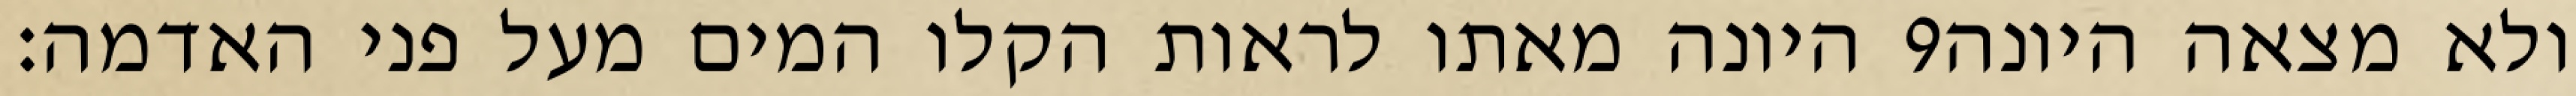
היונה מאתו לראות הקלו המים מעל פני האדמה׃ ‎9‏ ולא מצאה היונה